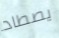
يصطاد